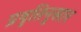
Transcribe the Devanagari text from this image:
प्रवृतिनुसार